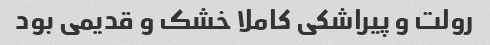
رولت و پیراشکی کاملا خشک و قدیمی بود